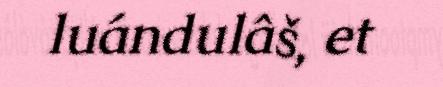
luándulâš, et